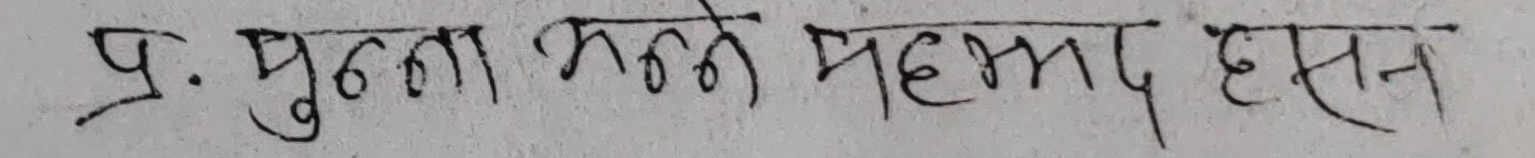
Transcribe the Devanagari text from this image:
प्र: मुल्ला मोहम्द हसन